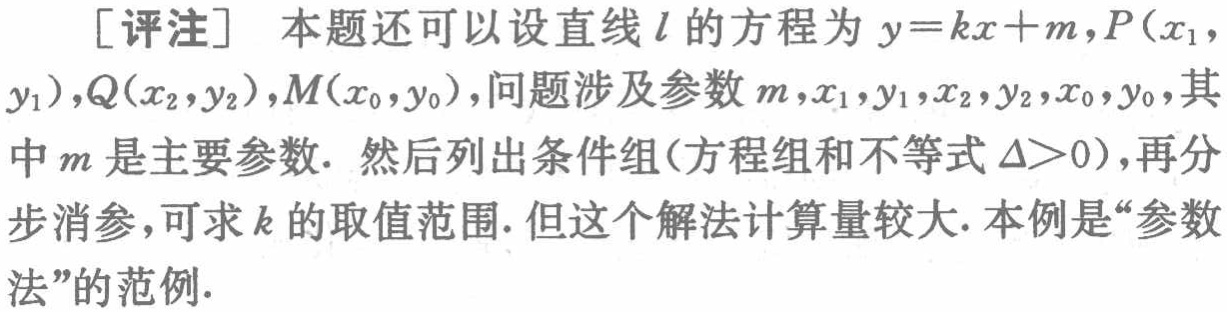
[评注] 本题还可以设直线 \(l\) 的方程为 \(y = kx + m\)，\(P(x_1,y_1)\)，\(Q(x_2,y_2)\)，\(M(x_0,y_0)\)，问题涉及参数 \(m,x_1,y_1,x_2,y_2,x_0,y_0\)，其中 \(m\) 是主要参数. 然后列出条件组(方程组和不等式 \(\Delta>0\))，再分步消参，可求 \(k\) 的取值范围. 但这个解法计算量较大. 本例是“参数法”的范例.